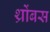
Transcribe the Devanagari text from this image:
थ्रोंबस